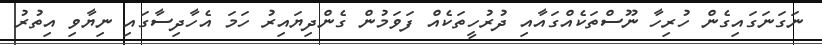
ނަގަނަގައިގެން ހުރިހާ ނޫސްތަކެއްގައާއި ދުރުހީތަކެއް ފަވަމުން ގެންދިޔައިރު ހަމަ އެހާދިސާގައި ނިޔާވި އިތުރު